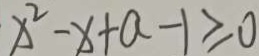
x ^ { 2 } - x + a - 1 \geq 0